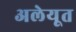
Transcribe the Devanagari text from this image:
अलेयूत